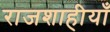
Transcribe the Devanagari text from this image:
राजशाहीयाँ